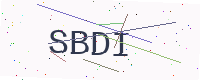
Text: SBDI